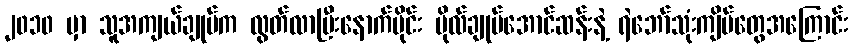
၂၀၁၀ မှာ သူအကျယ်ချုပ်က လွတ်လာပြီးနောက်ပိုင်း ဗိုလ်ချုပ်အောင်ဆန်းနဲ့ ရဲဘော်သုံးကျိပ်တွေအကြောင်း